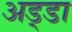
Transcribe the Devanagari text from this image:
अड्‍डा